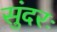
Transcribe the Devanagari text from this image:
सुंदरः